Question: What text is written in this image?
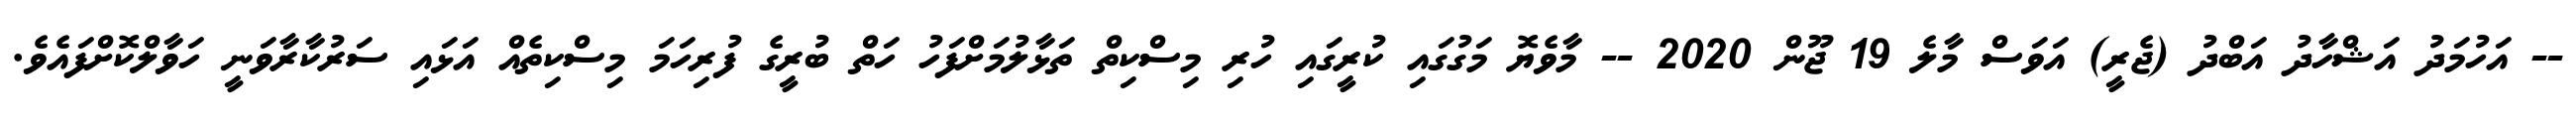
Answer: -- އަހުމަދު އަޝްހާދު އަބްދު (ޖެރީ) އަވަސް މާލެ 19 ޖޫން 2020 -- މާވެޔޮ މަގުގައި ކުރީގައި ހުރި މިސްކިތް ތަޅާލުމަށްފަހު ހަތް ބުރީގެ ފުރިހަމަ މިސްކިތެއް އަޅައި ސަރުކާރާވަނީ ހަވާލްކޮށްފައެވެ.